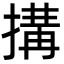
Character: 搆